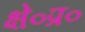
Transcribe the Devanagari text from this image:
क्षे०प्र०